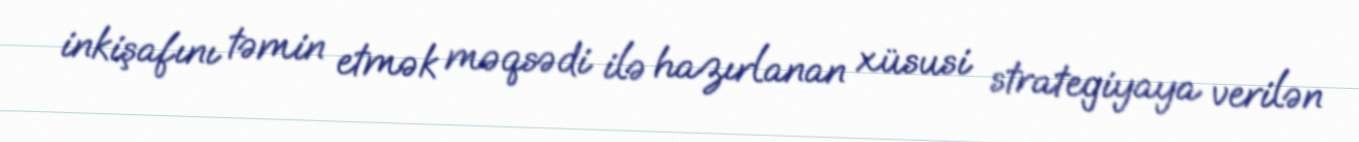
inkişafını təmin etmək məqsədi ilə hazırlanan xüsusi strategiyaya verilən